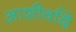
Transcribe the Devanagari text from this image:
आशीर्वादे